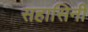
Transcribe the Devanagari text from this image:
सहासिनी